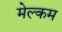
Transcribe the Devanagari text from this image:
मेल्‍कम